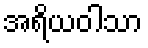
အရိယဝါသာ